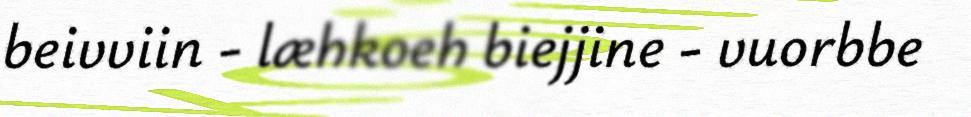
beivviin - læhkoeh biejjine - vuorbbe